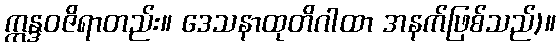
ဣန္ဒဝဇိရာတည်း။ ဒေသနာထုတိဂါထာ အနက်ဖြစ်သည်)။